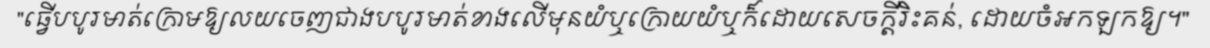
"ធ្វើបបូរមាត់ក្រោមឱ្យលយចេញជាងបបូរមាត់ខាងលើមុនយំឬក្រោយយំឬក៏ដោយសេចក្តីរិះគន់, ដោយចំអកឡកឱ្យ។"